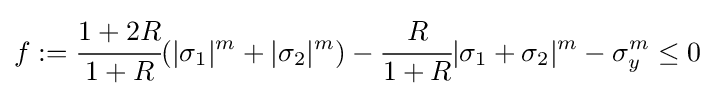
f:={\cfrac {1+2R}{1+R}}(|\sigma _{1}|^{m}+|\sigma _{2}|^{m})-{\cfrac {R}{1+R}}|\sigma _{1}+\sigma _{2}|^{m}-\sigma _{y}^{m}\leq 0